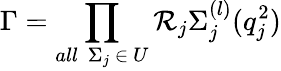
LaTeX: \Gamma=\prod_{all\ \ \Sigma_{j}\ \in\ U}\mathcal{R}_{j}\Sigma_{j}^{(l)}(q_{j}^{2})